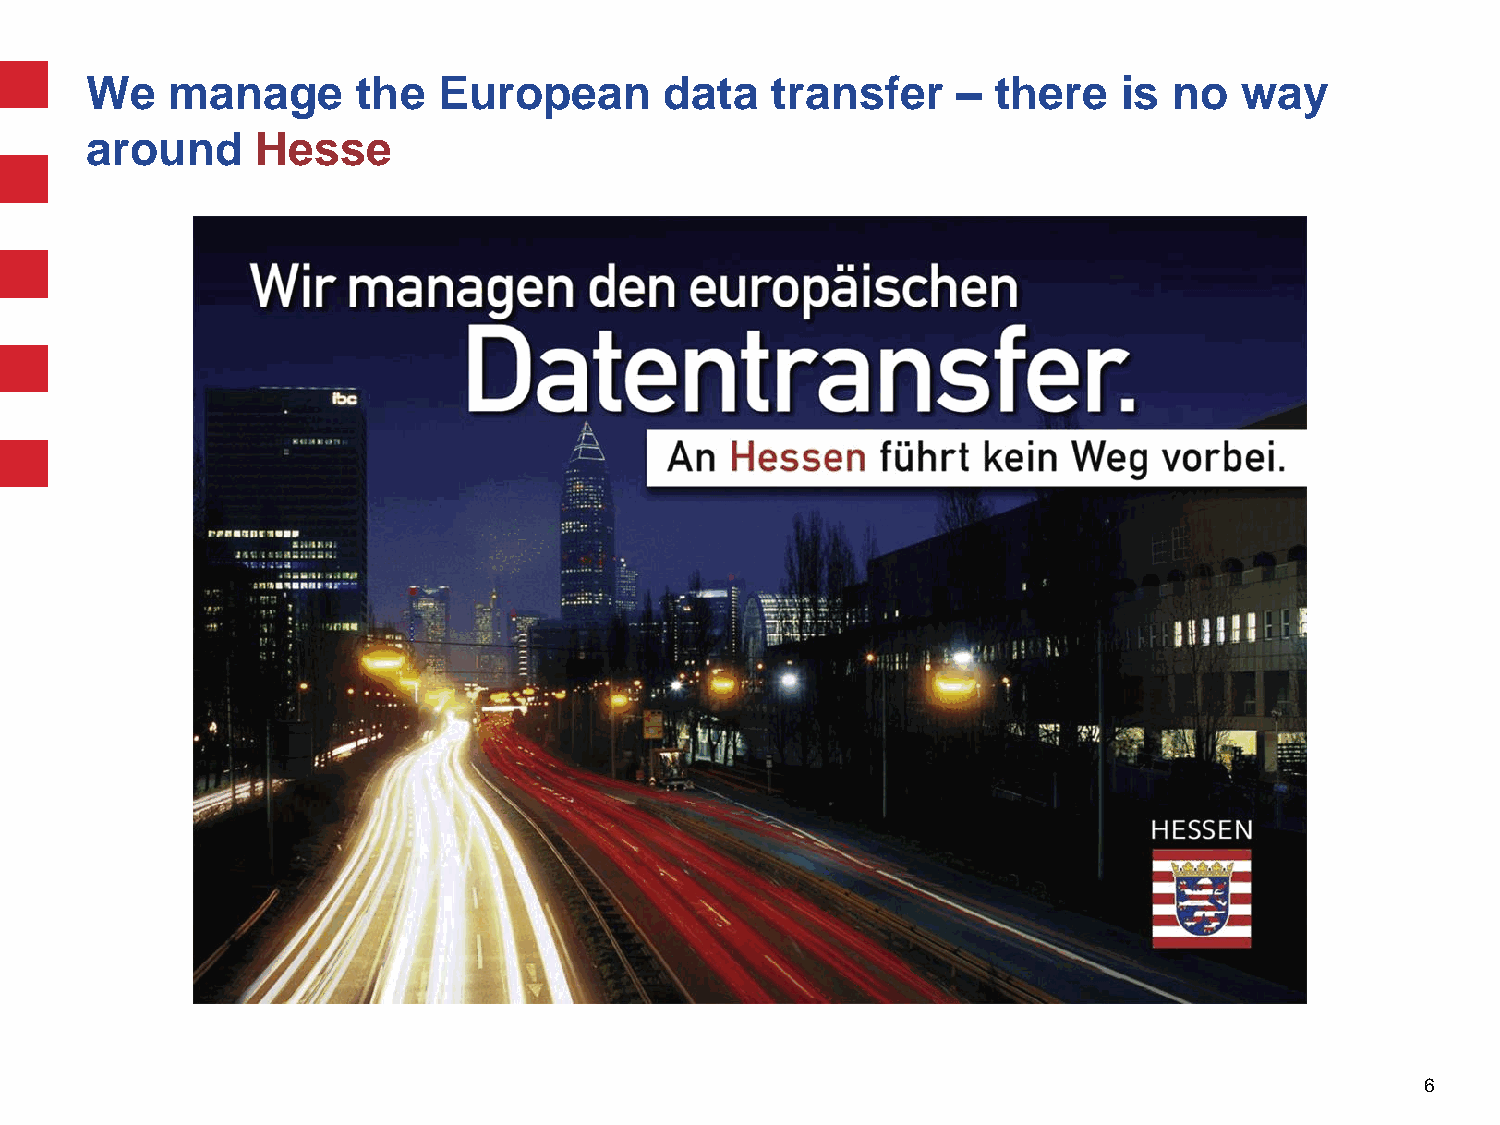
We   manage       the  European       data   transfer    –  there   is  no  way
 around     Hesse
 6